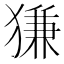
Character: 㺌